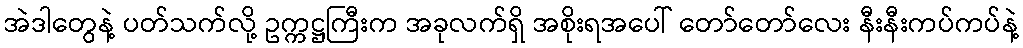
အဲဒါတွေနဲ့ ပတ်သက်လို့ ဥက္ကဋ္ဌကြီးက အခုလက်ရှိ အစိုးရအပေါ် တော်တော်လေး နီးနီးကပ်ကပ်နဲ့